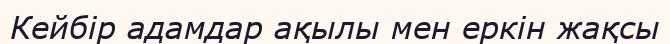
Кейбір адамдар ақылы мен еркін жақсы